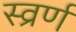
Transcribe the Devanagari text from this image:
स्व्रर्ण